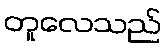
တူလေသည်